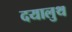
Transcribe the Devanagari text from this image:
दयालुथ